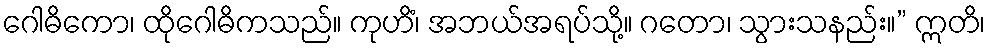
ဂေါဓိကော၊ ထိုဂေါဓိကသည်။ ကုဟိံ၊ အဘယ်အရပ်သို့။ ဂတော၊ သွားသနည်း။” ဣတိ၊